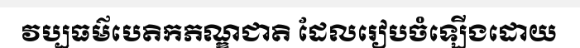
វប្បធម៌បេតិកភណ្ឌជាតិ ដែលរៀបចំឡើងដោយ